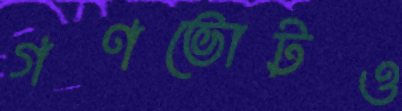
গণভোটও